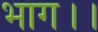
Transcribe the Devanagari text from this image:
भाग।।